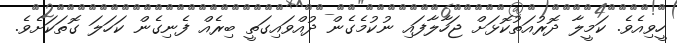
ހީވިއެވެ. ކަމީލާ ދޮރުއަތުކޮޅަށް ޖަހާލާފައި ނުކުމެގެން ދުއްވައިގަތީ ބިރެއް ފެނިގެން ކަހަލަ ގޮތަކަށެވެ.